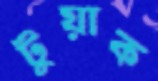
টুয়াক